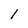
Character: 1